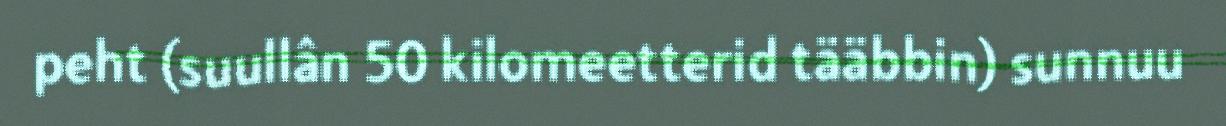
peht (suullân 50 kilomeetterid tääbbin) sunnuu